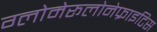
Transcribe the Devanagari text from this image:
ग्लोमेरूलोनेफ्राइटिस